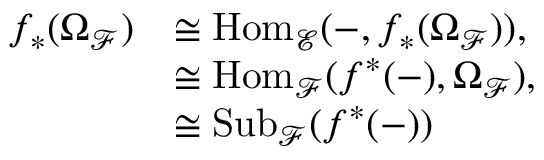
\begin{array} { r l } { f _ { \ast } ( \Omega _ { \mathcal { F } } ) } & { \cong \mathrm { { H o m } } _ { \mathcal { E } } ( - , f _ { \ast } ( \Omega _ { \mathcal { F } } ) ) , } \\ & { \cong { \mathrm { H o m } } _ { \mathcal { F } } ( f ^ { \ast } ( - ) , \Omega _ { \mathcal { F } } ) , } \\ & { \cong \mathrm { { S u b } } _ { \mathcal { F } } ( f ^ { \ast } ( - ) ) } \end{array}